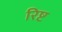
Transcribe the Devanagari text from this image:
रिष्ट